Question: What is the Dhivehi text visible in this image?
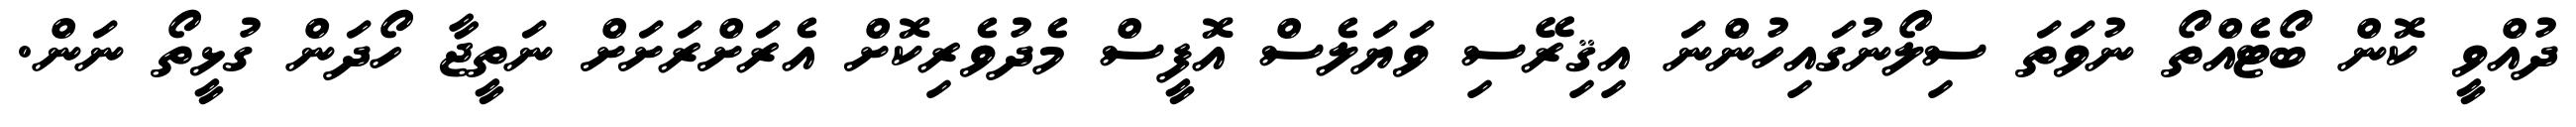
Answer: ދުއްވީ ކޮން ބޯޓެއްތޯ ނުވަތަ ސިލޯނުގައިހުންނަ އިޤިރޭސި ވަޔަލެސް އޮފީސް މެދުވެރިކޮށް އެރަށްރަށަށް ނަތީޖާ ހޯދަން ގުޅީތޯ ނަން.